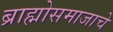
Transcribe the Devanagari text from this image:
ब्राह्मोसमाजाचे